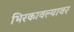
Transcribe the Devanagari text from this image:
भिरकावल्यावर